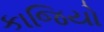
કાજિયો